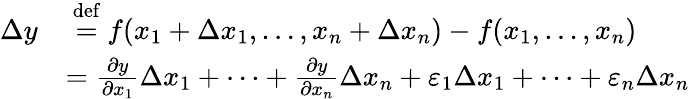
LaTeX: {\begin{array}{rl}{\Delta y}&{~{\stackrel{\mathrm{def}}{=}}~f(x_{1}+\Delta x_{1},\dots,x_{n}+\Delta x_{n})-f(x_{1},\dots,x_{n})}\\ &{={\frac{\partial y}{\partial x_{1}}}\Delta x_{1}+\cdots+{\frac{\partial y}{\partial x_{n}}}\Delta x_{n}+\varepsilon_{1}\Delta x_{1}+\cdots+\varepsilon_{n}\Delta x_{n}}\end{array}}